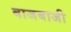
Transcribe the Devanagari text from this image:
बाजबाजी